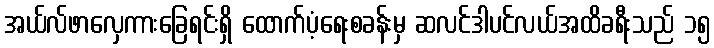
အယ်လ်ဖာလှေကားခြေရင်းရှိ ထောက်ပံ့ရေးစခန်းမှ ဆလင်ဒါပင်လယ်အထိခရီးသည် ၁၅